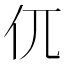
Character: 㐳